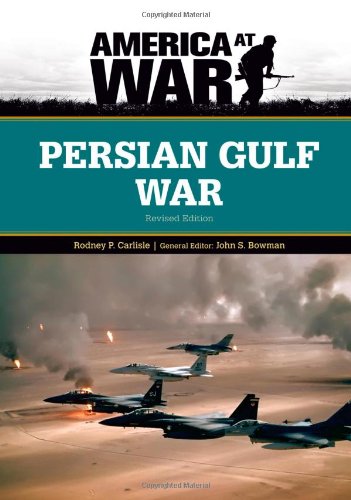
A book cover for Persian Gulf War (America at War); Rodney P. Carlisle; History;